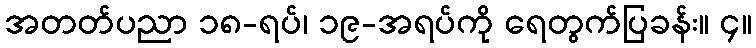
အတတ်ပညာ ၁၈-ရပ်၊ ၁၉-အရပ်ကို ရေတွက်ပြခန်း။ ၄။